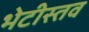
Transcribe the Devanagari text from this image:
भेटीस्तव